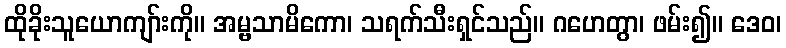
ထိုခိုးသူယောကျာ်းကို။ အမ္ဗသာမိကော၊ သရက်သီးရှင်သည်။ ဂဟေတွာ၊ ဖမ်း၍။ ဒေဝ၊